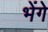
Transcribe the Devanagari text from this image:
भेंगे